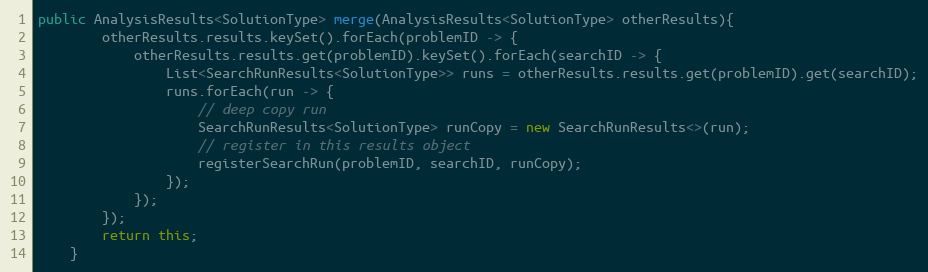
Language: Java
public AnalysisResults<SolutionType> merge(AnalysisResults<SolutionType> otherResults){
        otherResults.results.keySet().forEach(problemID -> {
            otherResults.results.get(problemID).keySet().forEach(searchID -> {
                List<SearchRunResults<SolutionType>> runs = otherResults.results.get(problemID).get(searchID);
                runs.forEach(run -> {
                    // deep copy run
                    SearchRunResults<SolutionType> runCopy = new SearchRunResults<>(run);
                    // register in this results object
                    registerSearchRun(problemID, searchID, runCopy);
                });
            });
        });
        return this;
    }